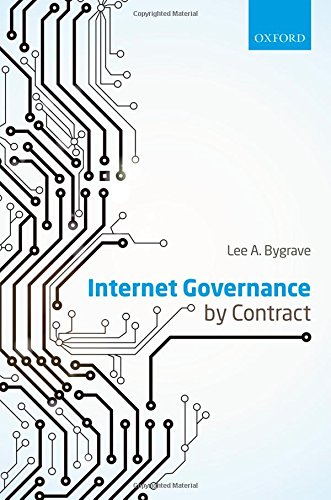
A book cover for Internet Governance by Contract; Lee A. Bygrave; Law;